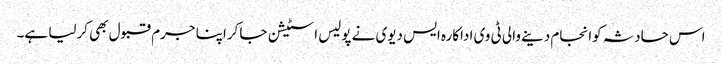
اس حادثہ کوانجام دینے والی ٹی وی اداکارہ ایس دیوی نے پولیس اسٹیشن جا کراپنا جرم قبول بھی کرلیا ہے۔